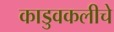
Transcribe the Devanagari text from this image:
काडुवकलीचे